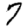
Digit: 7